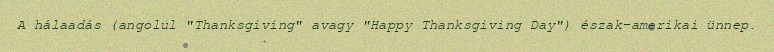
A hálaadás (angolul "Thanksgiving" avagy "Happy Thanksgiving Day") észak-amerikai ünnep.